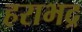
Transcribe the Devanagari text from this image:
हराभद्र